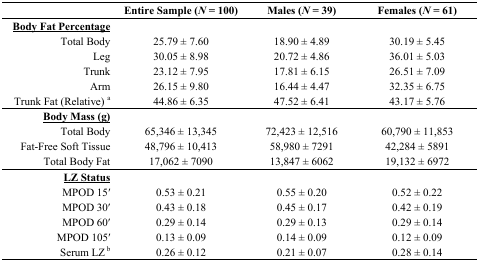
<table><thead><tr><td></td><td><b>Entire Sample (<i>N</i> = 100)</b></td><td><b>Males (<i>N</i> = 39)</b></td><td><b>Females (<i>N</i> = 61)</b></td></tr></thead><tbody><tr><td><b><underline>Body Fat Percentage</underline></b></td><td></td><td></td><td></td></tr><tr><td>Total Body</td><td>25.79 ± 7.60</td><td>18.90 ± 4.89</td><td>30.19 ± 5.45</td></tr><tr><td>Leg</td><td>30.05 ± 8.98</td><td>20.72 ± 4.86</td><td>36.01 ± 5.03</td></tr><tr><td>Trunk </td><td>23.12 ± 7.95</td><td>17.81 ± 6.15</td><td>26.51 ± 7.09</td></tr><tr><td>Arm</td><td>26.15 ± 9.80</td><td>16.44 ± 4.47</td><td>32.35 ± 6.75</td></tr><tr><td>Trunk Fat (Relative) <sup>a</sup></td><td>44.86 ± 6.35</td><td>47.52 ± 6.41</td><td>43.17 ± 5.76</td></tr><tr><td><b><underline>Body Mass (g)</underline></b></td><td></td><td></td><td></td></tr><tr><td>Total Body </td><td>65,346 ± 13,345</td><td>72,423 ± 12,516</td><td>60,790 ± 11,853</td></tr><tr><td>Fat-Free Soft Tissue</td><td>48,796 ± 10,413</td><td>58,980 ± 7291</td><td>42,284 ± 5891</td></tr><tr><td>Total Body Fat </td><td>17,062 ± 7090</td><td>13,847 ± 6062</td><td>19,132 ± 6972</td></tr><tr><td><b><underline>LZ Status</underline></b></td><td></td><td></td><td></td></tr><tr><td>MPOD 15′</td><td>0.53 ± 0.21</td><td>0.55 ± 0.20</td><td>0.52 ± 0.22</td></tr><tr><td>MPOD 30′</td><td>0.43 ± 0.18</td><td>0.45 ± 0.17</td><td>0.42 ± 0.19</td></tr><tr><td>MPOD 60′</td><td>0.29 ± 0.14</td><td>0.29 ± 0.13</td><td>0.29 ± 0.14</td></tr><tr><td>MPOD 105′</td><td>0.13 ± 0.09</td><td>0.14 ± 0.09</td><td>0.12 ± 0.09</td></tr><tr><td>Serum LZ<sup> b</sup></td><td>0.26 ± 0.12</td><td>0.21 ± 0.07</td><td>0.28 ± 0.14</td></tr></tbody></table>